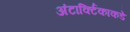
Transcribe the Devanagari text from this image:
अंटार्क्टिकाकडे